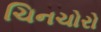
ચિનચોરો